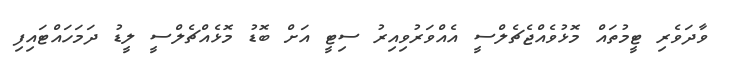
ވާދަވެރި ޓީމުތައް މޮޅުވެއްޖެޗެލްސީ އެއްވަރުވިއިރު ސިޓީ އަށް ބޮޑު މޮޅެއްޗެލްސީ ލީޑު ދަމަހައްޓައިފި